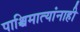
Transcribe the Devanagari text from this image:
पाश्चिमात्यांनाही